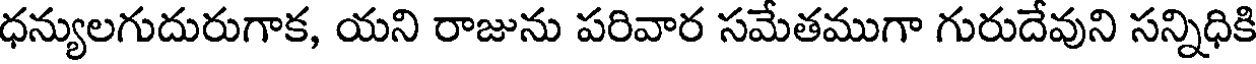
ధన్యులగుదురుగాక, యని రాజును పరివార సమేతముగా గురుదేవుని సన్నిధికి